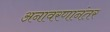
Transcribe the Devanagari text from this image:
अनावरणानंतर